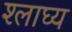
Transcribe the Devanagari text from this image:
श्लाघ्य